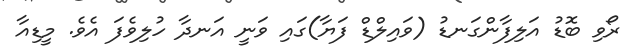
ރޯވި ބޮޑު އަލިފާންގަނޑު (ވައިލްޑް ފަޔާ)ގައި ވަނީ އަނދާ ހުލިވެފަ އެވެ. މީޑިއާ